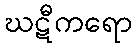
ဃဋီကရော